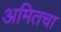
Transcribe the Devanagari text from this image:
अमितचा